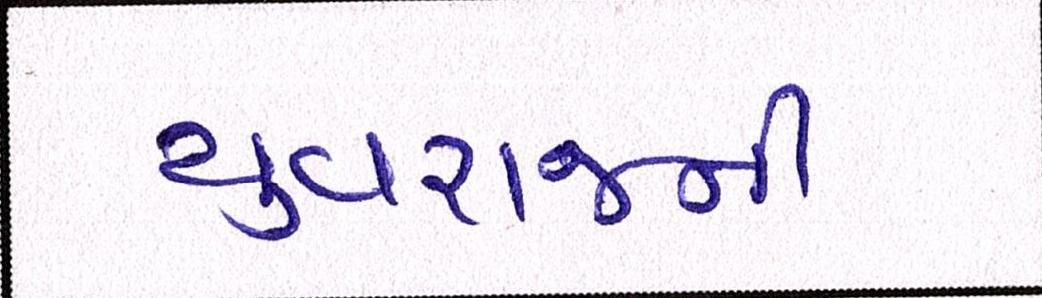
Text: યુવરાજની